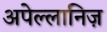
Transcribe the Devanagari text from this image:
अपेल्लानिज़